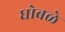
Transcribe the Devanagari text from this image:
धोबळे